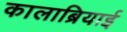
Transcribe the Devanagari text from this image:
कालाब्रियाई